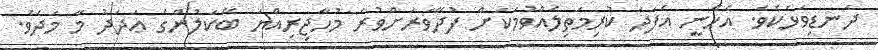
ދަނޑިވަޅެކެވެ. އެހެނީ އެފަދަ ކުރިމަތިލެއްވުމަކަށް ފުދޭވަރަށްވުރެ މުހާޖިރިއްޔަ ބޭކަލުންގެ ޢަދަދު މާ މަދެވެ.